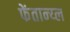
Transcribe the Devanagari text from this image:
फेंतान्य्ल